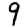
Digit: 9